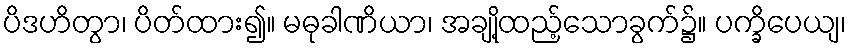
ပိဒဟိတွာ၊ ပိတ်ထား၍။ မဓုခါဏိယာ၊ အချို့ထည့်သောခွက်၌။ ပက္ခိပေယျ၊